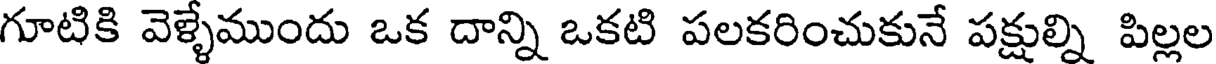
గూటికి వెళ్ళేముందు ఒక దాన్ని ఒకటి పలకరించుకునే పక్షుల్ని పిల్లల